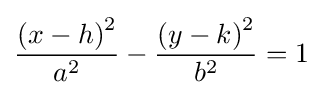
{\frac {\left(x-h\right)^{2}}{a^{2}}}-{\frac {\left(y-k\right)^{2}}{b^{2}}}=1